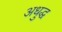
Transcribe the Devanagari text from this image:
अधुद्ध